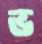
ভ